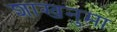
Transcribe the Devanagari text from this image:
शाखनुमा